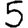
Digit: 5